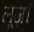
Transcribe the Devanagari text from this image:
लूज़।